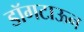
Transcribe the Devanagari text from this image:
डॉगटाऊन